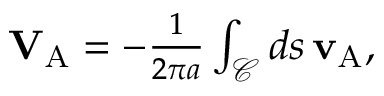
\begin{array} { r } { \mathbf { V } _ { \mathrm { A } } = - \frac { 1 } { 2 \pi a } \int _ { \mathcal { C } } d s \, \mathbf { v } _ { \mathrm { A } } , } \end{array}